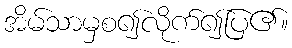
အိမ်သာမှစ၍လိုက်၍ပြ၏။